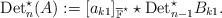
LaTeX: \begin{align*}{\rm Det}^{\star}_n(A):=[a_{k1}]_{\overline{\mathbb{F}}^{\star}}\star{\rm Det}^{\star}_{n-1} B_{k1}.\end{align*}